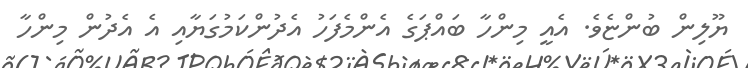
ޔޫލިން ބުންޏެވެ. އެއީ މިންހާ ބައްޕަގެ އެންމެފަހު އެދުންކަމުގަޔާއި އެ އެދުން މިންހާ